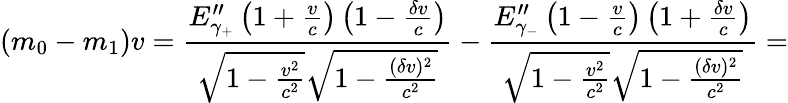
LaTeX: (m_{0}-m_{1})v=\frac{E_{\gamma_{+}}^{\prime\prime}\left(1+\frac{v}{c}\right)\left(1-\frac{\delta v}{c}\right)}{\sqrt{1-\frac{v^{2}}{c^{2}}}\sqrt{1-\frac{(\delta v)^{2}}{c^{2}}}}-\frac{E_{\gamma_{-}}^{\prime\prime}\left(1-\frac{v}{c}\right)\left(1+\frac{\delta v}{c}\right)}{\sqrt{1-\frac{v^{2}}{c^{2}}}\sqrt{1-\frac{(\delta v)^{2}}{c^{2}}}}=